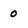
Character: o